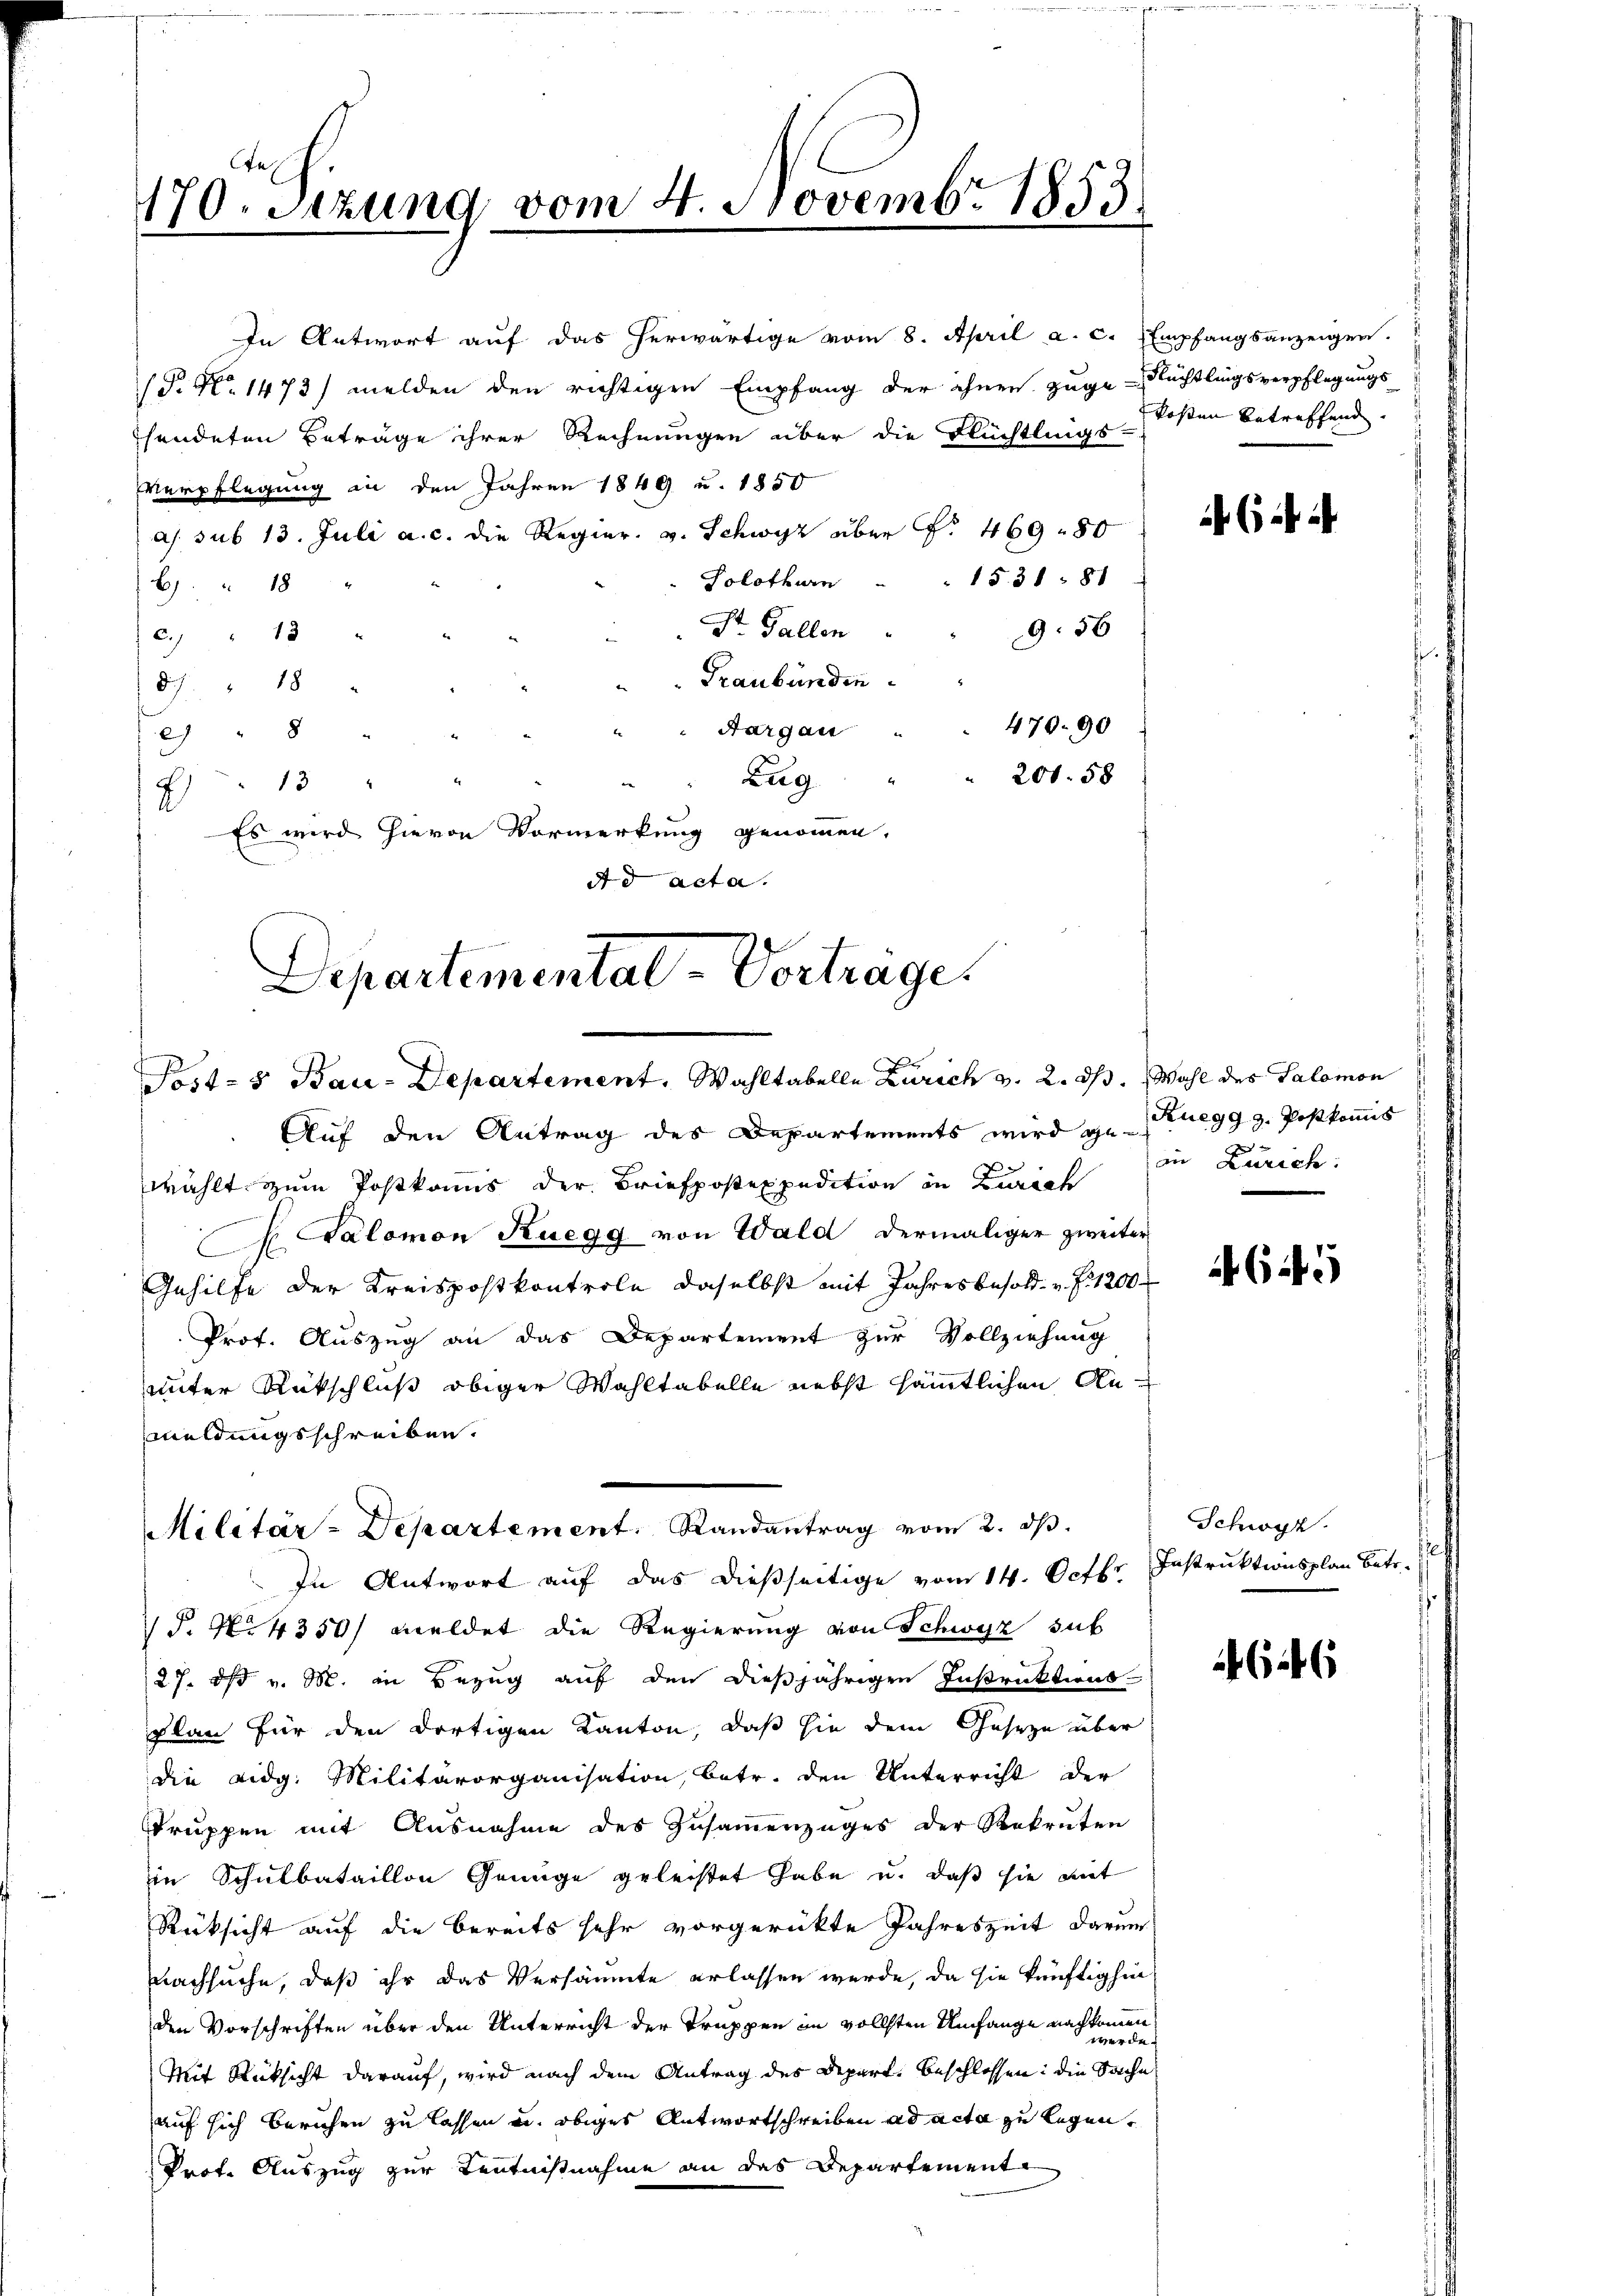
170. Setzung vom 4. Novembr 1853

In Antwort auf das herwärtige vom 8. April a. c. Empfangsanzeigen.
(P. Nr. 1473) melden den richtigen Empfang der ihnen zuge-Rüchtlingsverpflegungs-
sendeten Beträge ihrer Rechnungen über die Flüchtlings-
Verpflegung in den Jahren 1849 u. 1850
as. sub 13. Juli a. c. die Regier. v. Schwyz über f. 469 - 80
1531 - 81
Solothurn
6. " 18
St. Gallen
956
c. " 12
Graubünden.
87. 18
470. 90
Aargau
2 " 8
200. 58
Zug
13
Es wird hievon Vormerkung genommen.
Ad acta.
Departemental-Vortrage.

Post-5 Bau-Departement. Wahltabelle Zürich v. 2. ds. Wahl des Salomon

Militär-Departement. Randantrag vom 2. ds.

Auf den Antrag des Departements wird geregg z. Postkomis
7
wählt, zum Postkanns der Briefpostexpedition in Zurech
 Salomon Ruegg von Wald dermaliger zweiter
Gehilfe der Kreispostkontrole daselbst mit Jahresbesold- u. f. 1200
Prof. Auszug an das Departement zur Vollziehung
unter Rückschluß obiger Wahltabelle nebst sämtlichen Anmeldungsschreiben.
In Antwort auf das dießseitige vom 14. Octbr. Instruktionsplan betr.
 P. N. 4350/ meldet die Regierung von Schwyz sub
27. ds v. M. in Bezug auf den dießjährigen Instruktions-
plan für den dortigen Kanton, daß hie dem Geseze über
die Eidg. Militärorganisation, betr. den Unterricht der
Truppen mit Ausnahme des Zusammenzuges der Rekruten
in Schulbataillon Genüge geleistet habe u. daß sie mit
Rüksicht auf die bereits sehr vorgerückte Jahreszeit darum
nachsuche, daß ihr das Versäumte erlassen werde, da sie künftighin
den Vorschriften über den Unterricht der Truppen in vollsten Umfange nachkommen
werde
Mit Rücksicht darauf, wird nach dem Antrag des Depart beschlossen: die Sache
auf sich beruhen zu lassen u. obiges Antwortschreiben ad acta zu legen,
Prot. Auszug zur Kenntnisnahme an das Departement

kosten betreffend.

in Zürich:

645

Schwyz.

646